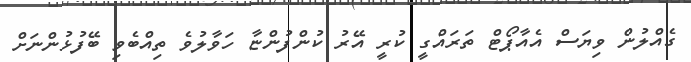
ގެއްލުން ވިޔަސް އެއާޕޯޓް ތަރައްގީ ކުރީ އޭރު ކުންފުންޏާ ހަވާލުވެ ތިއްބެވި ބޭފުޅުންނަށް